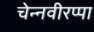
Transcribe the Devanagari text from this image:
चेन्नवीरप्पा